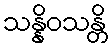
သန္နိဝသန္တိ